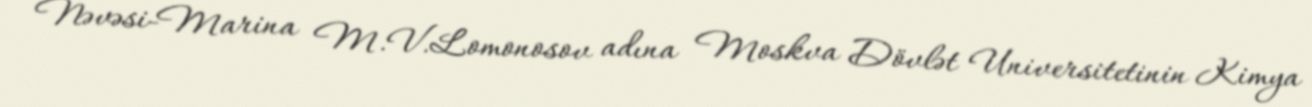
Nəvəsi-Marina M.V.Lomonosov adına Moskva Dövlət Universitetinin Kimya